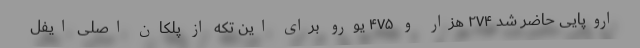
اروپایی حاضر شد ۲۷۴ هزار و ۴۷۵ یورو برای این تکه از پلکان اصلی ایفل